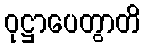
ဝုဋ္ဌာပေတွာတိ